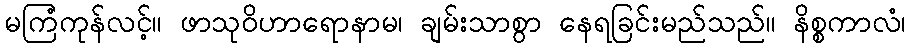
မကြံကုန်လင့်။ ဖာသုဝိဟာရောနာမ၊ ချမ်းသာစွာ နေရခြင်းမည်သည်။ နိစ္စကာလံ၊